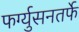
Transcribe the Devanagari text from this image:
फर्ग्युसनतर्फे